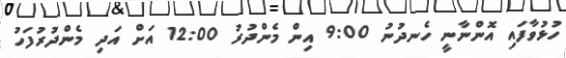
ހުޅުވާފައި އޮންނާނީ ހެނދުނު 9:00 އިން މެންދުރު 12:00 އަށް އަދި މެންދުރުފަހު